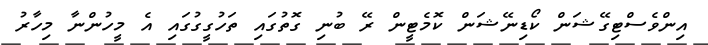
އިންވެސްޓިގޭޝަން ކޯޑިނޭޝަން ކޮމެޓީން ރޭ ބުނި ގޮތުގައި ތަހުގީގުގައި އެ މީހުންނާ މިހާރު